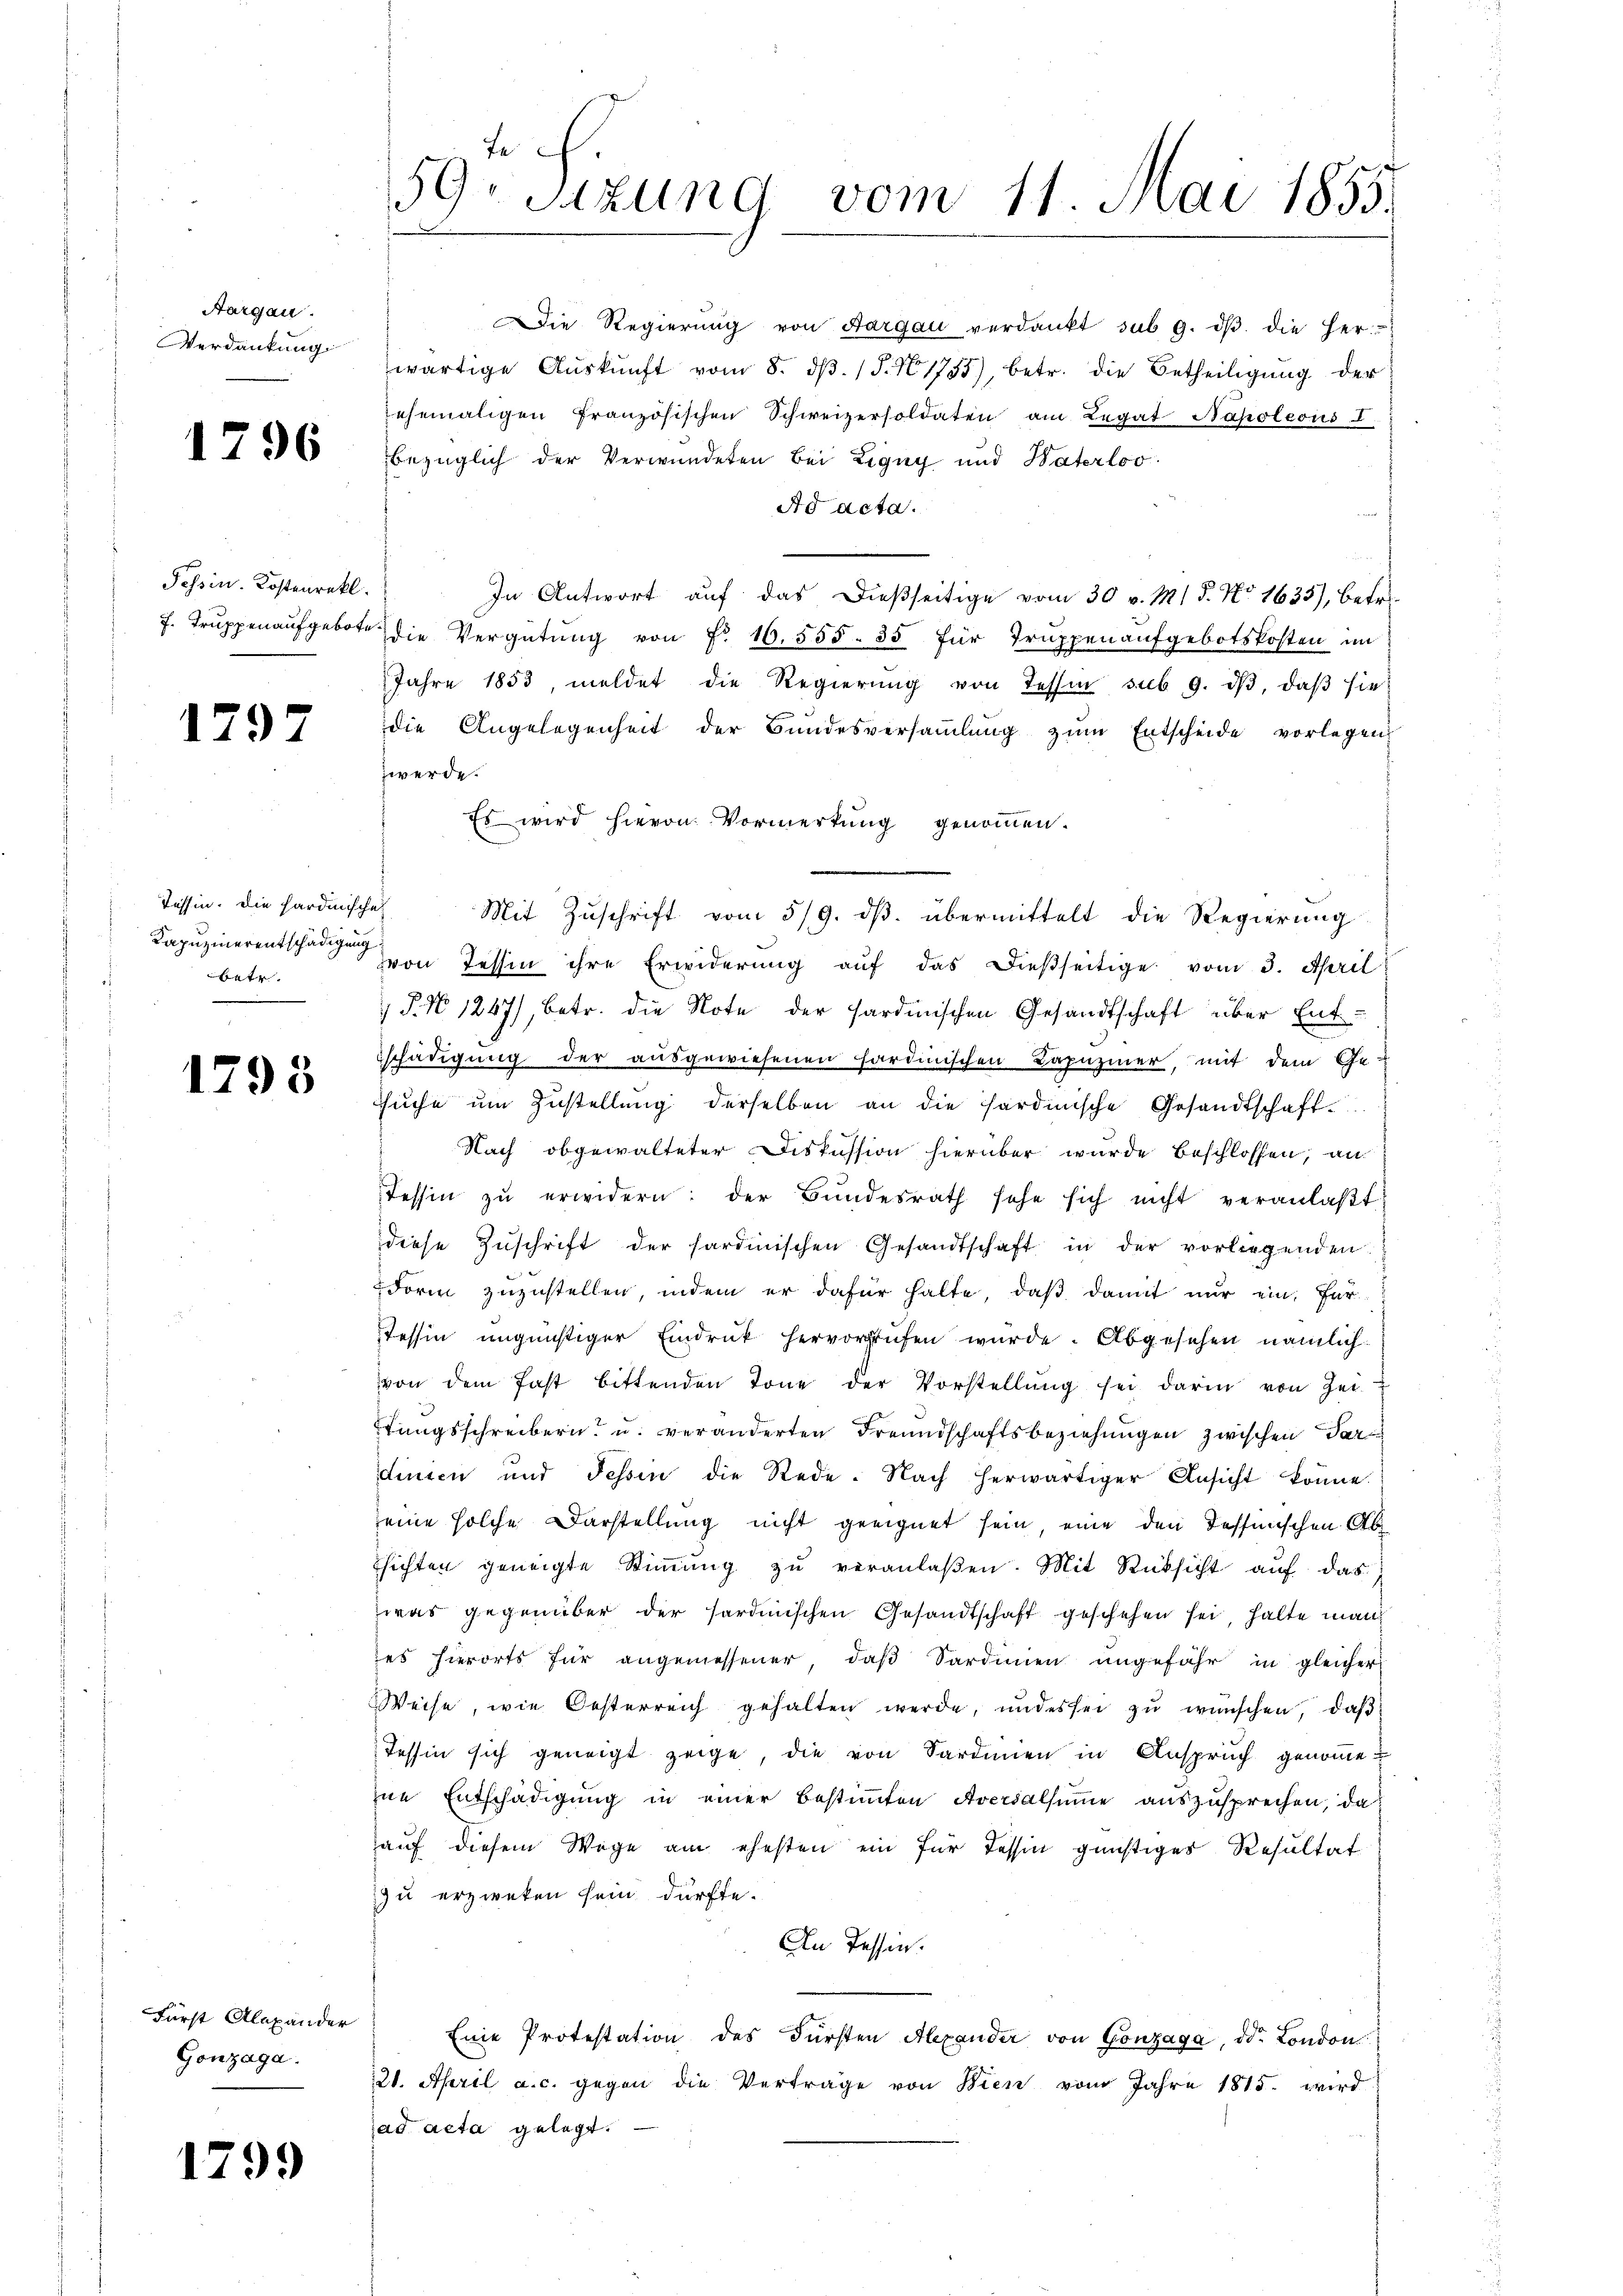
Aargau.
Verdankung.

1796

Tessin. Kostenrekt.

1797

Tessin. Die Hardinische
betr.

1798

Fürst Alexander
Gonzaga.

1799

Die Regierŭng von Aargau verdankt sub 9. dβ. die her-
wärtige Aŭskŭnft vom 8. dβ. / 5. No 1755), betr. die Betheiligung der
ehemaligen französischen Schweizersoldaten am Legat Napoleons I.
bezüglich der Verwundeten bei Ligny und Waterloo
Ad acta.
In Antwort auf das dießseitige vom 30 v. M. 18. No. 1633), betr.
f. Trŭppen aŭfgebot die Vergütŭng von Fr. 10. 555. 35 für Trŭppen aŭfgebotskosten im
Jahre 1853, meldet die Regierung von Tessin sub 9. dβ, daβ sie
die Angelegenheit der Bundesversaṁlŭng zŭm Entscheide vorlegen
zwerde.
Es wird hievon Vormerkung genommen.
Mit Zuschrift vom 5/9. dβ. übermittelt die Regierung
Kapuzinerentschaden von Tessin ihre Erwiderung auf das dießseitige vom 3. April
 P. No 1267), betr. die Note der Sardinischen Gesandtschaft über Entschädigung der ausgewiesenen sardinischen Lapuziner, mit dem Ge-
sŭche ŭm Zŭstellung derselben an die sardinische Gesandtschaft
Nach obgewalteter Diskussion hierüber wurde beschlossen, an
Tessin zŭ erwidern: der Bŭndesrath sehe sich nicht veranlaβt.
diese Zŭschrift der sardinischen Gesandtschaft in der vorliegenden
Form zuzustellen, indem er dafür halte, daß damit nur ein, für
Tessin ungünstiger Eindruck hervorrufen wurde. Abgesehen nämlich
von dem fast bittenden Tone der Vorstellŭng sei darin von Zei
rungsschreibern u. veränderten Freundschaftsbeziehungen zwischen dardinien und Tessin die Rede. Nach herwärtiger Ansicht könne.
eine solche Darstellung nicht geeignet sein, eine den Tessinischen Ab
hichten geneigte Stiṁŭng zŭ veranlaßen. Mit Rücksicht auf das
was gegenüber der sardinischen Gesandtschaft geschehen sei, halte man
es hierorts für angemessener, daβ Sardinien ungefähr in gleicher
Weise, wie Oesterreich gehalten werde, ŭndes sei zŭ wünschen, daβ
Tessin sich geneigt zeige, die von Sardinien in Anspruch genomme
ine Entschädigung in einer bestimmten Aversalsumme auszusprechen, da
auf diesem Wege am ehesten ein für dessen günstiges Resultat
zu erzweken sein dürfte.
An Tessin.
Eine Protestation des Fürsten Alexander von Gonzaga, od. London
20. April a. c. gegen die Vertrage von Wien vom Jahre 1815. wird
ad acta gelegt.

te
59. Sitzung vom 11. Mai 1855.